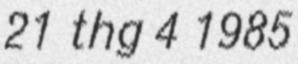
21 thg 4 1985